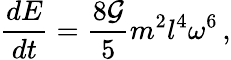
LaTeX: \frac{dE}{dt}=\frac{8{\cal G}}{5}m^{2}l^{4}\omega^{6}\, ,